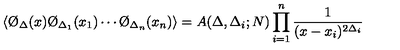
\langle \O _ { \Delta } ( x ) \O _ { \Delta _ { 1 } } ( x _ { 1 } ) \cdots \O _ { \Delta _ { n } } ( x _ { n } ) \rangle = A ( \Delta , \Delta _ { i } ; N ) \prod _ { i = 1 } ^ { n } { \frac { 1 } { ( x - x _ { i } ) ^ { 2 \Delta _ { i } } } }